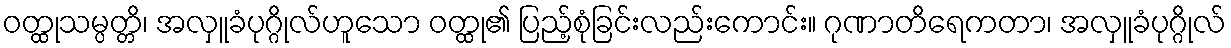
ဝတ္ထုသမ္ပတ္တိ၊ အလှူခံပုဂ္ဂိုလ်ဟူသော ဝတ္ထု၏ ပြည့်စုံခြင်းလည်းကောင်း။ ဂုဏာတိရေကတာ၊ အလှူခံပုဂ္ဂိုလ်